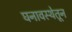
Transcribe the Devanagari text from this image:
घनावस्थेतून